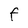
Character: f